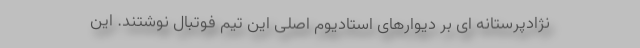
نژادپرستانه ای بر دیوارهای استادیوم اصلی این تیم فوتبال نوشتند. این